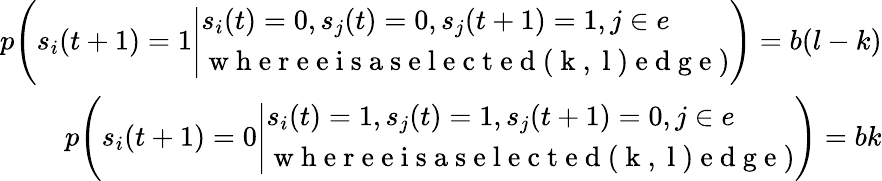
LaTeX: \begin{array}{r}{p\Bigg(s_{i}(t+1)=1\Bigg|\begin{array}{l}{s_{i}(t)=0,s_{j}(t)=0,s_{j}(t+1)=1,j\in e}\\ {\mathrm{~w~h~e~r~e~e~i~s~a~s~e~l~e~c~t~e~d~(~k~,~l~)~e~d~g~e~})}\end{array}\Bigg)=b(l-k)}\\ {p\Bigg(s_{i}(t+1)=0\Bigg|\begin{array}{l}{s_{i}(t)=1,s_{j}(t)=1,s_{j}(t+1)=0,j\in e}\\ {\mathrm{~w~h~e~r~e~e~i~s~a~s~e~l~e~c~t~e~d~(~k~,~l~)~e~d~g~e~})}\end{array}\Bigg)=bk}\end{array}